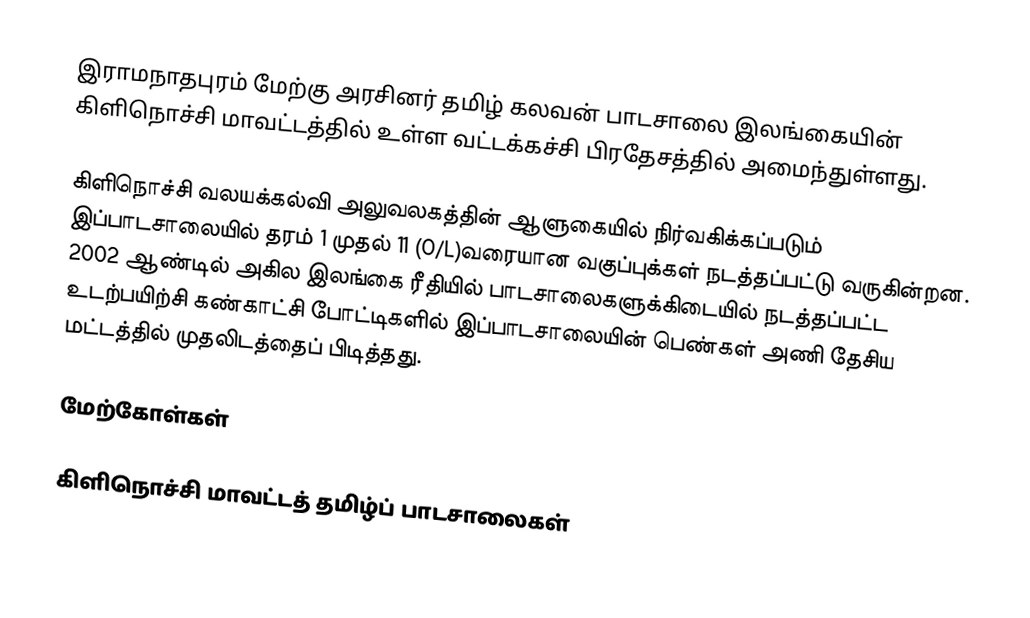
இராமநாதபுரம் மேற்கு அரசினர் தமிழ் கலவன் பாடசாலை இலங்கையின் கிளிநொச்சி மாவட்டத்தில் உள்ள  வட்டக்கச்சி பிரதேசத்தில் அமைந்துள்ளது.

கிளிநொச்சி வலயக்கல்வி அலுவலகத்தின் ஆளுகையில் நிர்வகிக்கப்படும் இப்பாடசாலையில் தரம் 1 முதல் 11 (O/L)வரையான வகுப்புக்கள் நடத்தப்பட்டு வருகின்றன. 2002 ஆண்டில் அகில இலங்கை ரீதியில் பாடசாலைகளுக்கிடையில் நடத்தப்பட்ட உடற்பயிற்சி கண்காட்சி போட்டிகளில் இப்பாடசாலையின் பெண்கள் அணி தேசிய மட்டத்தில் முதலிடத்தைப் பிடித்தது.

மேற்கோள்கள்

கிளிநொச்சி மாவட்டத் தமிழ்ப் பாடசாலைகள்